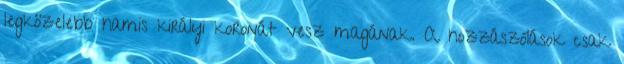
legközelebb hamis királyi koronát vesz magának. A hozzászólások csak